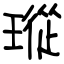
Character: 瑽